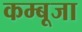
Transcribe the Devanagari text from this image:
कम्बूजा